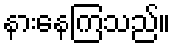
နားနေကြသည်။